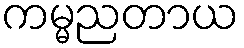
ကမ္မညတာယ